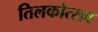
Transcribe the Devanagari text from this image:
तिलकोत्सव